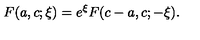
F ( a , c ; \xi ) = e ^ { \xi } F ( c - a , c ; - \xi ) .